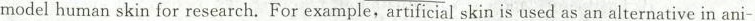
model human skin for research. For example,artificial skin is used as an alternative in ani-